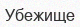
Убежище